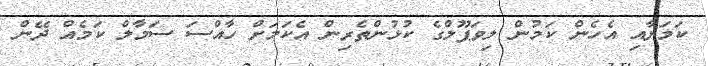
ކަމަށާއި އެހެން ކަމުން ލިވަޕޫލްގެ ކުޅުންތެރިން އެކަމަށް ހާއްސަ ސަމާލް ކަމެއް ދޭން